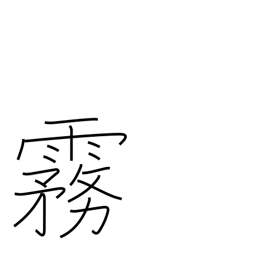
Meaning: mist